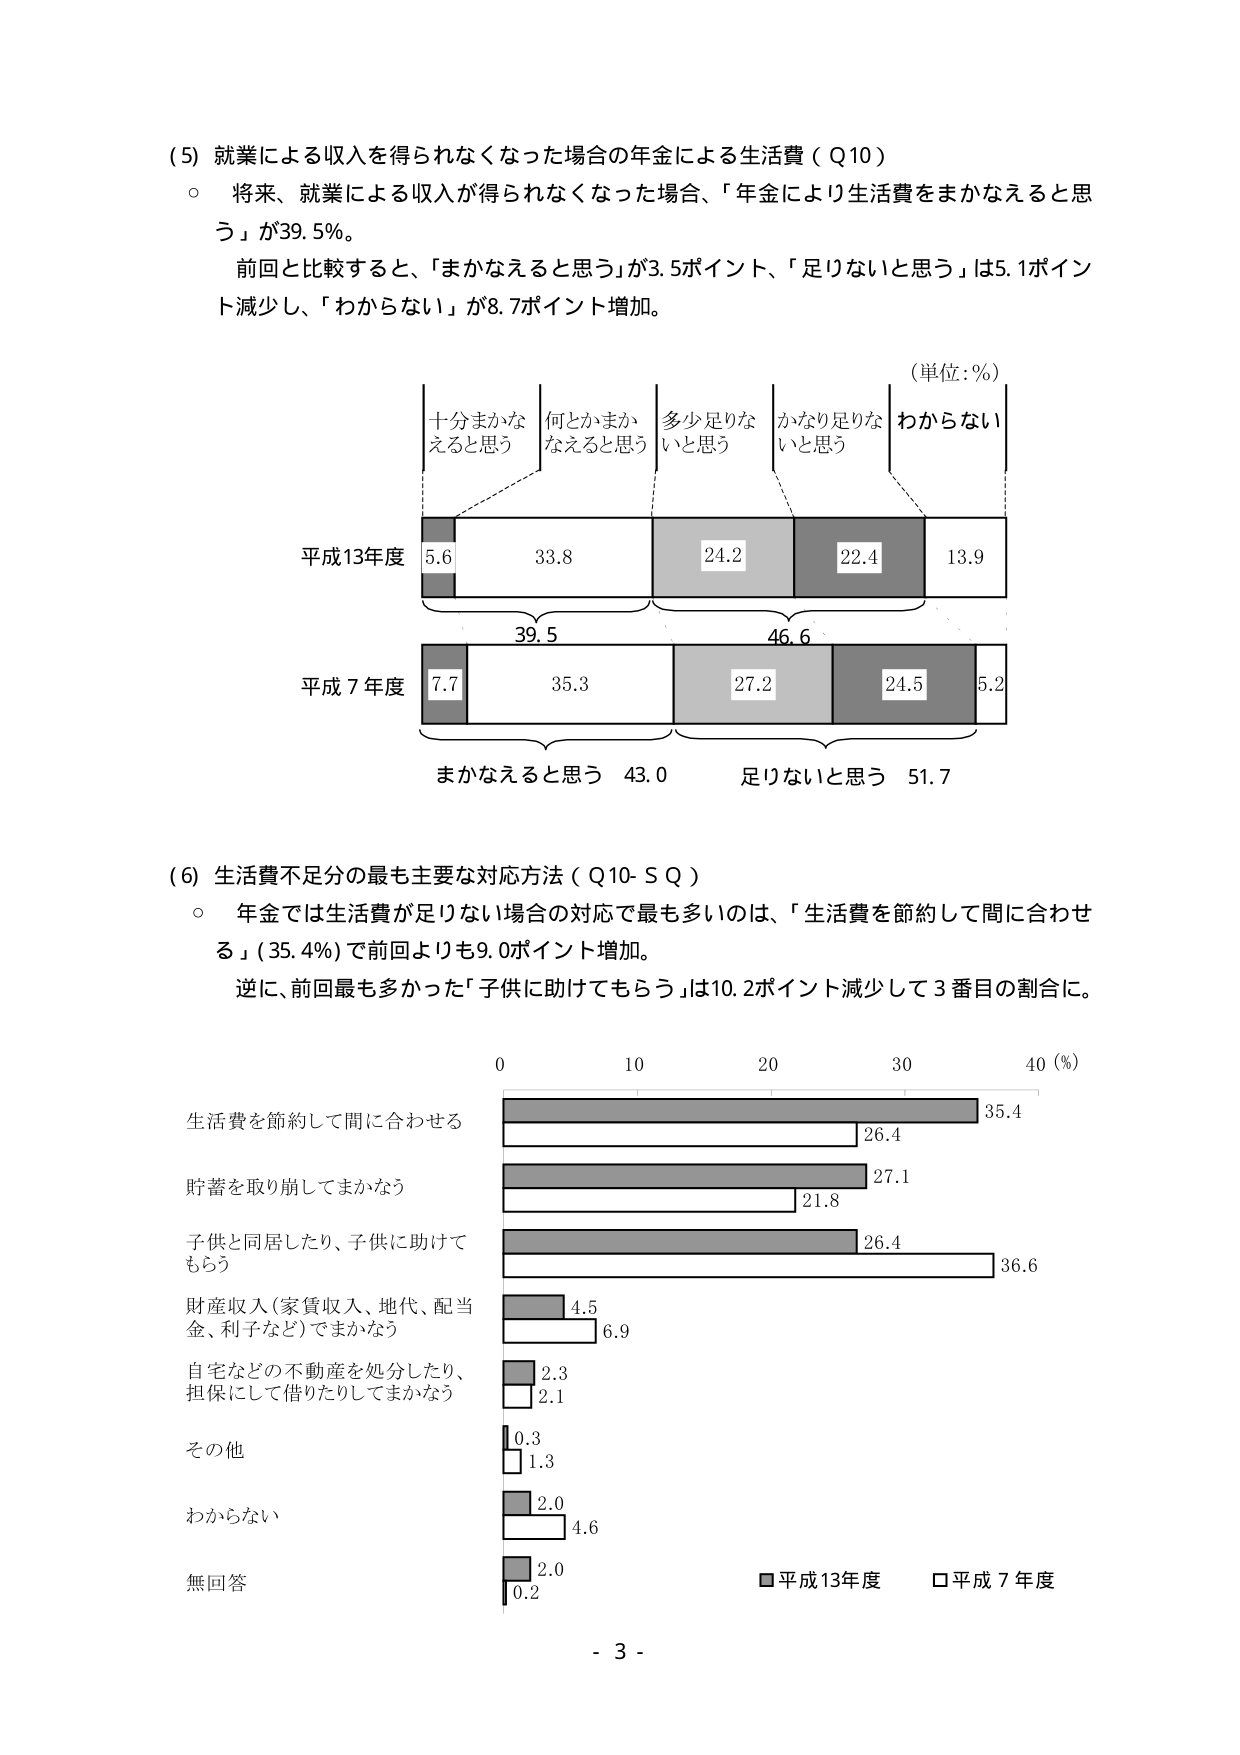
(5) 就業による収入を得られなくなった場合の年金による生活費（Q10）
○ 将来、就業による収入が得られなくなった場合、「年金により生活費をまかなえると思う」が39.5%。
前回と比較すると、「まかなえると思う」が3.5ポイント、「足りないと思う」は5.1ポイント減少し、「わからない」が8.7ポイント増加。

（単位：%）
十分まかなえると思う　何とかまかなえると思う　多少足りないと思う　かなり足りないと思う　わからない
平成13年度　5.6　33.8　24.2　22.4　13.9
　　　　　　　39.5　46.6
平成7年度　7.7　35.3　27.2　24.5　5.2
　　　　　　　まかなえると思う 43.0　足りないと思う 51.7

(6) 生活費不足分の最も主要な対応方法（Q10-SQ）
○ 年金では生活費が足りない場合の対応で最も多いのは、「生活費を節約して間に合わせる」（35.4%）で前回よりも9.0ポイント増加。
逆に、前回最も多かった「子供に助けてもらう」は10.2ポイント減少して3番目の割合に。

0　10　20　30　40（%）
生活費を節約して間に合わせる　■35.4　□26.4
貯蓄を取り崩してまかなう　■27.1　□21.8
子供と同居したり、子供に助けてもらう　■26.4　□36.6
財産収入（家賃収入、地代、配当金、利子など）でまかなう　■4.5　□6.9
自宅などの不動産を処分したり、担保にして借りたりしてまかなう　■2.3　□2.1
その他　■0.3　□1.3
わからない　■2.0　□4.6
無回答　■2.0　□0.2
■平成13年度　□平成7年度

- 3 -